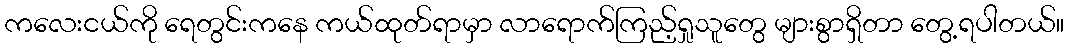
ကလေးငယ်ကို ရေတွင်းကနေ ကယ်ထုတ်ရာမှာ လာရောက်ကြည့်ရှုသူတွေ များစွာရှိတာ တွေ့ရပါတယ်။